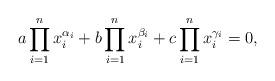
LaTeX: \begin{align*}a \prod_{i=1}^n x_i^{\alpha_i} + b \prod_{i=1}^n x_i^{\beta_i} + c \prod_{i=1}^n x_i^{\gamma_i} = 0,\end{align*}